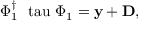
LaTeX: \Phi _ { 1 } ^ { \dagger } \mathrm { \boldmath ~ \ t a u ~ } \Phi _ { 1 } = { \bf y } + { \bf D } ,